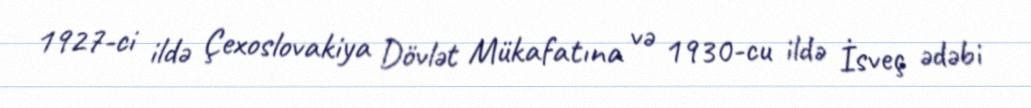
1927-ci ildə Çexoslovakiya Dövlət Mükafatına və 1930-cu ildə İsveç ədəbi